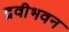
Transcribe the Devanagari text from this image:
द्रवीभवन